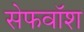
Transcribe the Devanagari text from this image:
सेफवॉश